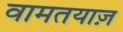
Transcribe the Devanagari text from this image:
वामतयाज़